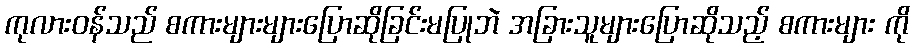
ကုလားဝန်သည် စကားများများပြောဆိုခြင်းမပြုဘဲ အခြားသူများပြောဆိုသည့် စကားများ ကို